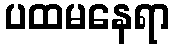
ပထမနေရာ